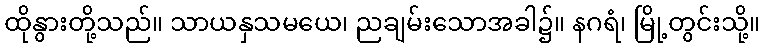
ထိုနွားတို့သည်။ သာယနှသမယေ၊ ညချမ်းသောအခါ၌။ နဂရံ၊ မြို့တွင်းသို့။